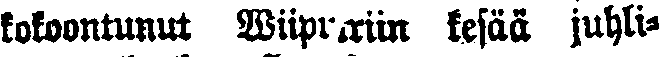
kokoontunut Wiipuriin kesää juhli-